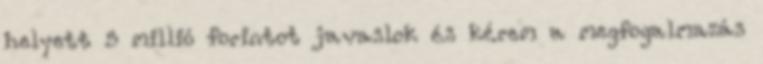
helyett 5 millió forintot javaslok és kérem a megfogalmazás